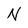
Character: N